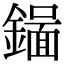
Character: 𬬉